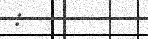
: